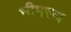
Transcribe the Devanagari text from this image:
भीमस्थ